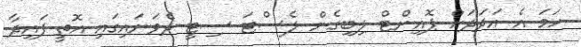
ހަމަ އެ އަދަދަށް ޕޮއިންޓް ލިބިގެން ލެސްޓަ ސިޓީ ދެވަނައިގައި އޮތީ ފައިދާ